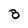
Character: 8